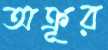
অক্রূর